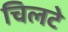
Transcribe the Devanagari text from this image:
चिलटे